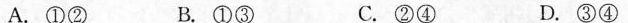
A.①② B.①③ C.②④ D.③④